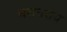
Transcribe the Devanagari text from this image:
धराधराय